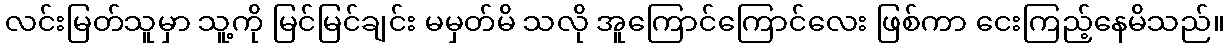
လင်းမြတ်သူမှာ သူ့ကို မြင်မြင်ချင်း မမှတ်မိ သလို အူကြောင်ကြောင်လေး ဖြစ်ကာ ငေးကြည့်နေမိသည်။